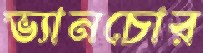
ভ্যানচোর